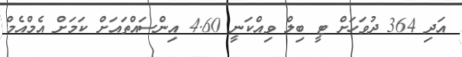
އަދި 364 ދުވަހަށް ޓީ ބިލް ވިއްކަނީ 4.60 އިންސައްތައަށް ކަމަށް އެމްއެމް